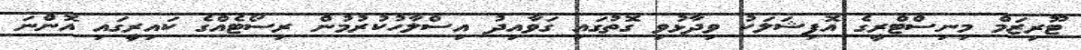
ޓޫރިޒަމް މިނިސްޓްރީގެ އޮފިޝަލަކު ވިދާޅުވި ގޮތުގައި ގަވާއިދު އިސްލާހުކުރުމުން ރިސޯޓެއްގެ ކައިރީގައި އޮންނަ